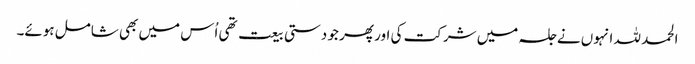
الحمد للہ انہوں نے جلسہ میں شرکت کی اور پھر جو دستی بیعت تھی اُس میں بھی شامل ہوئے۔